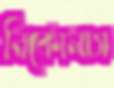
নিকোলাস